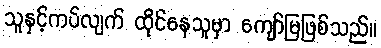
သူနှင့်ကပ်လျက် ထိုင်နေသူမှာ ကျော်မြဖြစ်သည်။